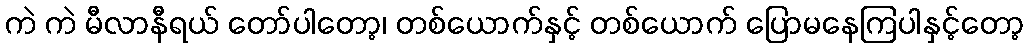
ကဲ ကဲ မီလာနီရယ် တော်ပါတော့၊ တစ်ယောက်နှင့် တစ်ယောက် ပြောမနေကြပါနှင့်တော့